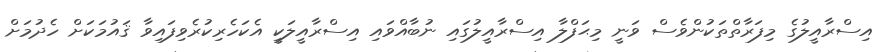
އިސްރާއީލުގެ މިފަރާތްތަކުންވެސް ވަނީ މިޙަފްލާ އިސްރާއީލުގައި ނުބާއްވައި އިސްރާއީލަކީ އެކަހެރިކުރެވިފައިވާ ޤައުމަކަށް ހެދުމަށް